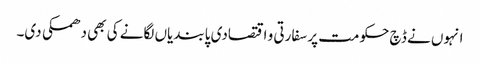
انہوں نے ڈچ حکومت پر سفارتی و اقتصادی پابندیاں لگانے کی بھی دھمکی دی۔